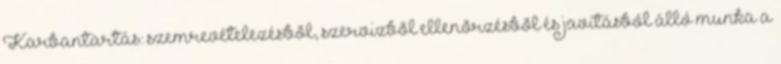
Karbantartás: szemrevételezésbõl, szervizbõl ellenõrzésbõl és javításból álló munka a